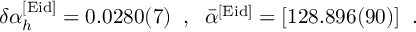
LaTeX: \delta \alpha _ { h } ^ { [ \mathrm { E i d } ] } = 0 . 0 2 8 0 ( 7 ) \; \; , \; \; \bar { \alpha } ^ { [ \mathrm { E i d } ] } = [ 1 2 8 . 8 9 6 ( 9 0 ) ] \; \; .